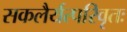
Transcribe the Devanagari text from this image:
सकलैर्यत्परिवृतः